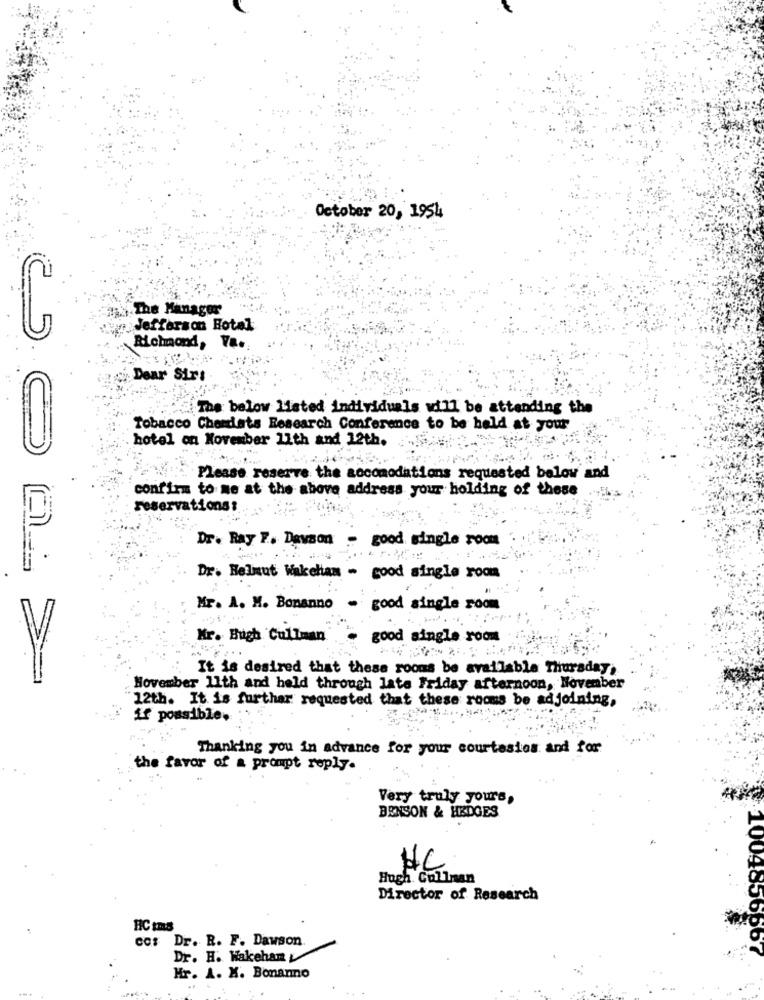
October 20, 1954
The Manager
Jefferson Hotal
Richmond, Va.
Dear Sirs
The below listed individuals will be attending the
Tobacco Chemiats Research Conference to be held at your
hotel on November 11th and 12th.
25 0
Please reserve the accomodations requested below and
confirm to me at the above address your holding of these
reservations:
Dr. Ray F. Dawson - good single room
Dr. Helmut Wakelam - good single room
Mr. A. M. Bonanno - good single room
Mr. Bugh Cullman
good single room
It is desired that these rooms be available Thursday,
November 11th and held through late Friday afternoon, November
12th. It is further requested that these rooms be adjoining,
if possible.
Thanking you in advance for your courtesies and for
the favor of a prompt reply.
Very truly yours,
BENSON & HEDGES
Hugh. Cullman
NC
Director of Research
HC Ins
cos Dr. R. F. Dawson.
:1004856667
Dr. H. Wakeham
Hr. A. X. Bonanno